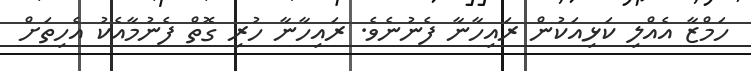
ހަމްޒާ އެއްލި ކަޅިއަކުން ރައިހާނާ ފެނުނެވެ. ރައިހާނާ ހުރި ގޮތް ފެނުމާއެކު އެހިތަށް